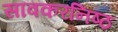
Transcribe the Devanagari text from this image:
सावकरनिष्ठ